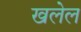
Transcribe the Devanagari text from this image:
खलेल